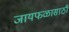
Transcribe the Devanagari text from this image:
जायफळासाठी